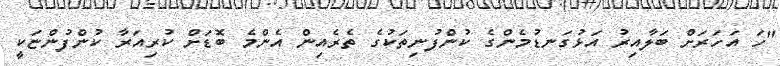
"ހަ އަހަރަށް ބަލާއިރު އަޅުގަނޑުމެންގެ ކުންފުނިތަކުގެ ތެރެއިން އެންމެ ބޮޑަށް ކުރިއަރާ ކުންފުންޏަކީ